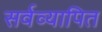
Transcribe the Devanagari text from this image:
सर्वव्यापित